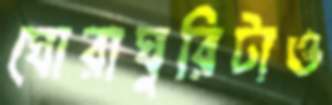
ঘোরাঘুরিটাও